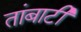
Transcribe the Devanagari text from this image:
तांबाटी